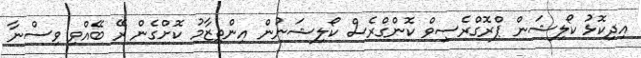
އިދިކޮޅު ކޯލިޝަން ޕްރޮގްރެސިވް ކޮންގްރެސް ކޯލިޝަނުން އިންތިޒާމު ކޮށްގެން ރޭ ބޭއްވި ވިސްނާ